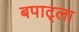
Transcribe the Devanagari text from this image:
बपाट्ला